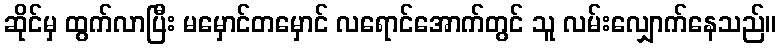
ဆိုင်မှ ထွက်လာပြီး မမှောင်တမှောင် လရောင်အောက်တွင် သူ လမ်းလျှောက်နေသည်။